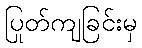
ပြုတ်ကျခြင်းမှ